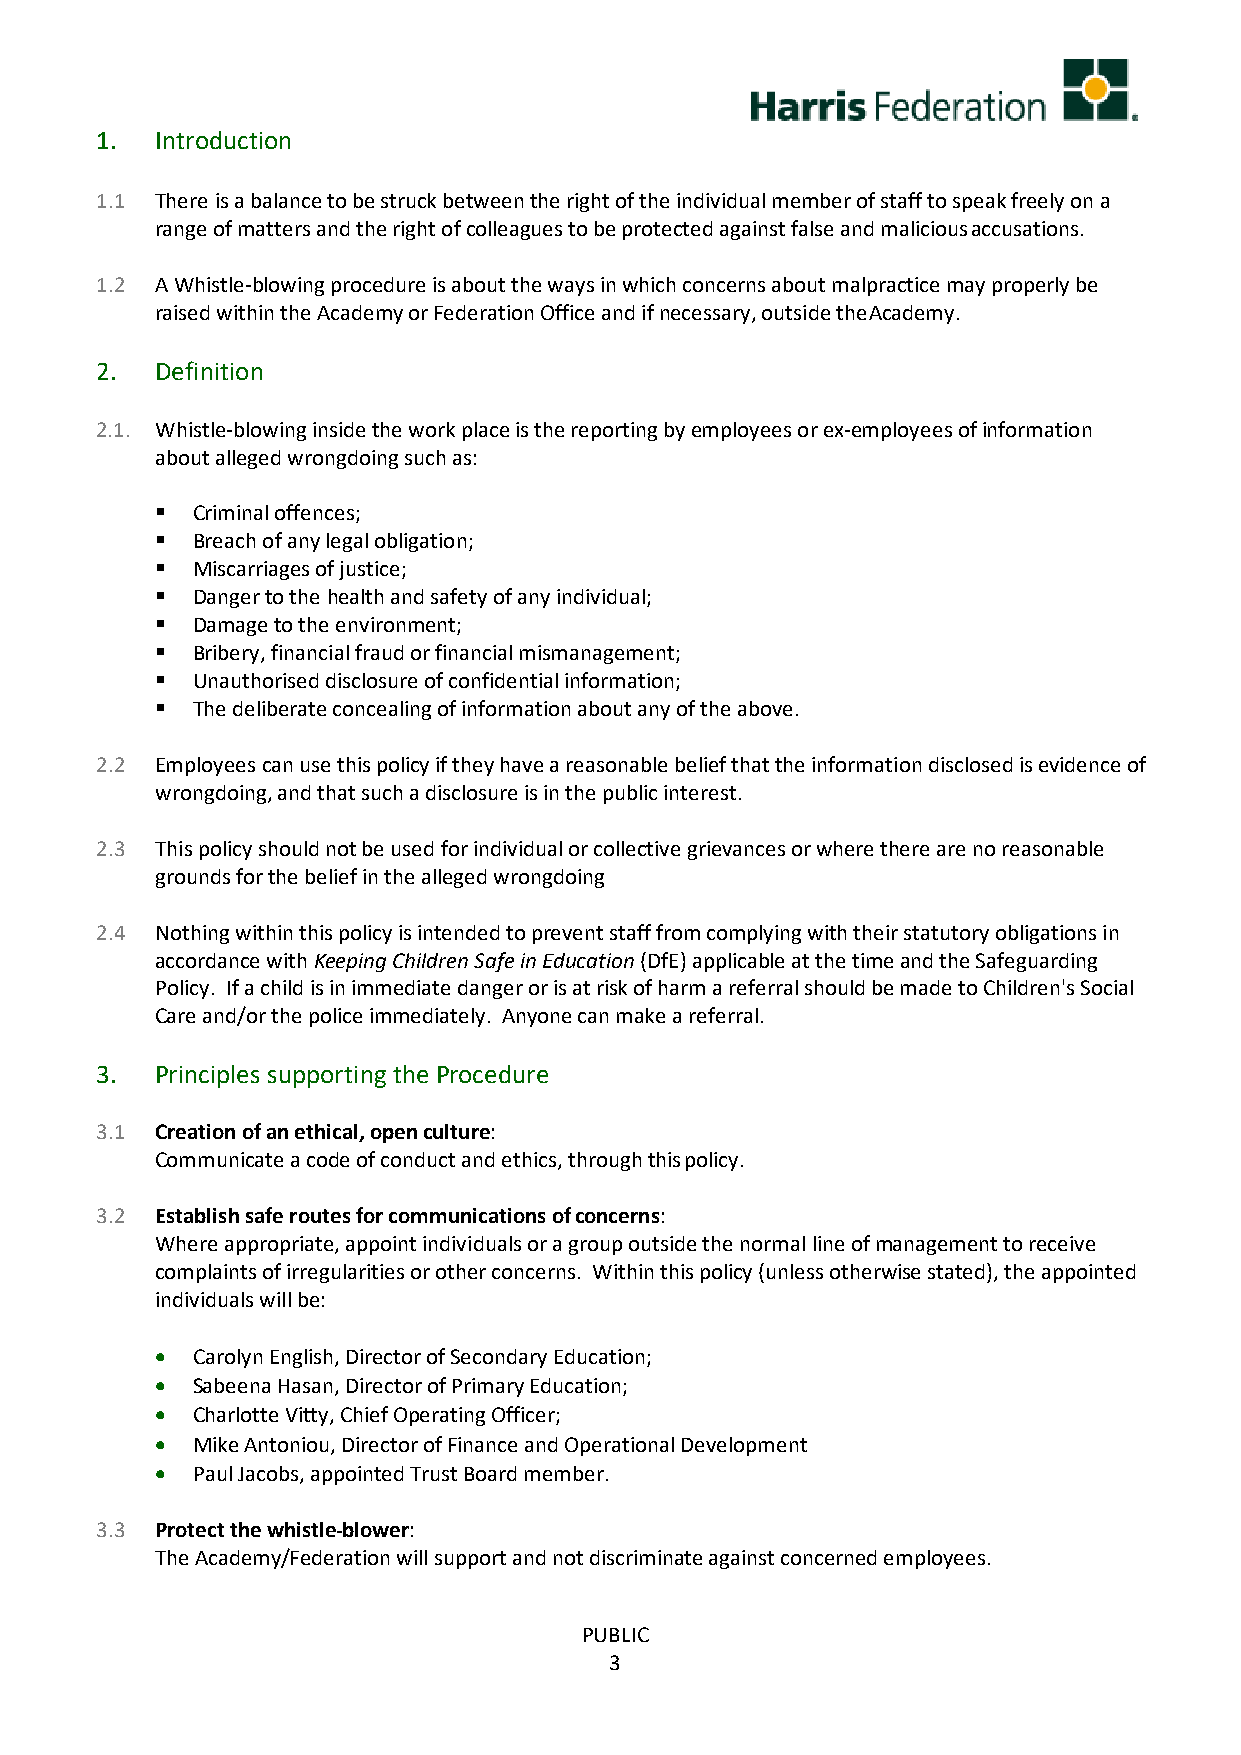
1.  Introduction
 1.1 There is a balance to be struck between the right of the individual member of staff to speak freely on a
 range of matters and the right of colleagues to be protected against false and malicious accusations.
 1.2 A Whistle-blowing procedure is about the ways in which concerns about malpractice may properly be
 raised within the Academy or Federation Office and if necessary, outside the Academy.
 2.  Definition
 2.1. Whistle-blowing inside the work place is the reporting by employees or ex-employees of information
 about alleged wrongdoing such as:
   Criminal offences;
   Breach of any legal obligation;
   Miscarriages of justice;
   Danger to the health and safety of any individual;
   Damage to the environment;
   Bribery, financial fraud or financial mismanagement;
   Unauthorised disclosure of confidential information;
   The deliberate concealing of information about any of the above.
 2.2 Employees can use this policy if they have a reasonable belief that the information disclosed is evidence of
 wrongdoing, and that such a disclosure is in the public interest.
 2.3 This policy should not be used for individual or collective grievances or where there are no reasonable
 grounds for the belief in the alleged wrongdoing
 2.4 Nothing within this policy is intended to prevent staff from complying with their statutory obligations in
 accordance with Keeping Children Safe in Education (DfE) applicable at the time and the Safeguarding
 Policy. If a child is in immediate danger or is at risk of harm a referral should be made to Children's Social
 Care and/or the police immediately. Anyone can make a referral.
 3.  Principles supporting the Procedure
 3.1 Creation of an ethical, open culture:
 Communicate a code of conduct and ethics, through this policy.
 3.2 Establish safe routes for communications of concerns:
 Where appropriate, appoint individuals or a group outside the normal line of management to receive
 complaints of irregularities or other concerns. Within this policy (unless otherwise stated), the appointed
 individuals will be:
 •  Carolyn English, Director of Secondary Education;
 •  Sabeena Hasan, Director of Primary Education;
 •  Charlotte Vitty, Chief Operating Officer;
 •  Mike Antoniou, Director of Finance and Operational Development
 •  Paul Jacobs, appointed Trust Board member.
 3.3 Protect the whistle-blower:
 The Academy/Federation will support and not discriminate against concerned employees.
 PUBLIC
 3